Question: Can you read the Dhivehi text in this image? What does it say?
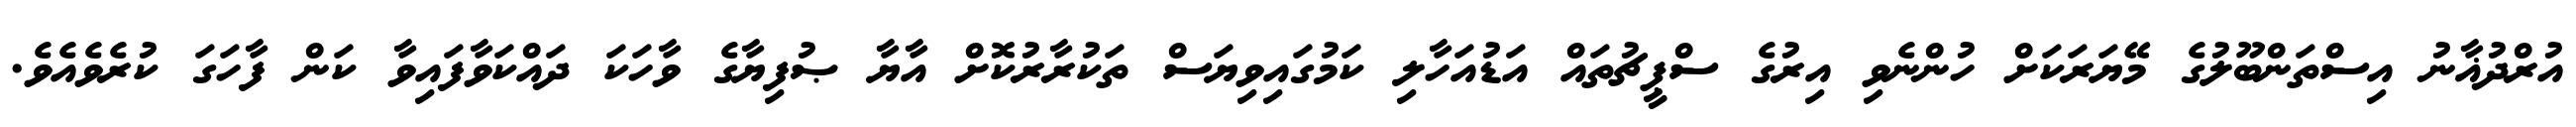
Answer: އުރްދުޣާނު އިސްތަންބޫލުގެ މޭޔަރަކަށް ހުންނެވި އިރުގެ ސްޕީޗުތައް އަޑުއަހާލި ކަމުގައިވިޔަސް ތަކުރާރުކޮށް އާޔާ ޞުފިޔާގެ ވާހަކަ ދައްކަވާފައިވާ ކަން ފާހަގަ ކުރެވެއެވެ.